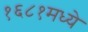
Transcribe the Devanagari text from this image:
१६८१मध्ये